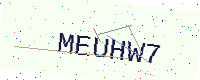
Text: MEUHW7